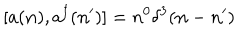
\lbrack a ( { \bf n } ) , a ^ { \dagger } ( { \bf n } ^ { \prime } ) ] = n ^ { 0 } \delta ^ { 3 } ( { \bf n } - { \bf n } ^ { \prime } )